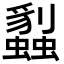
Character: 蠫